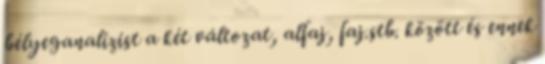
bélyeganalízist a két változat, alfaj, faj.stb. között és ennek